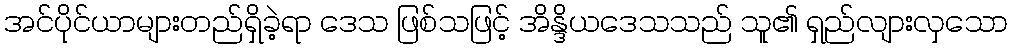
အင်ပိုင်ယာများတည်ရှိခဲ့ရာ ဒေသ ဖြစ်သဖြင့် အိန္ဒိယဒေသသည် သူ၏ ရှည်လျားလှသော